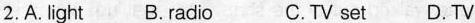
2.A. light B. radio C.TV set D.TV